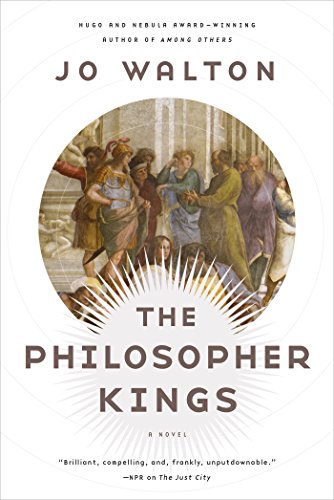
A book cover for The Philosopher Kings: A Novel; Jo Walton; Science Fiction & Fantasy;